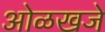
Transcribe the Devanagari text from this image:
ओळखजे